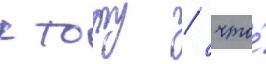
к тому / что́